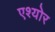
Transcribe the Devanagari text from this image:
एश्योर